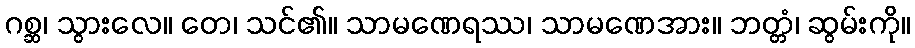
ဂစ္ဆ၊ သွားလေ။ တေ၊ သင်၏။ သာမဏေရဿ၊ သာမဏေအား။ ဘတ္တံ၊ ဆွမ်းကို။